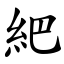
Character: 紦